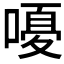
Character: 𫫫